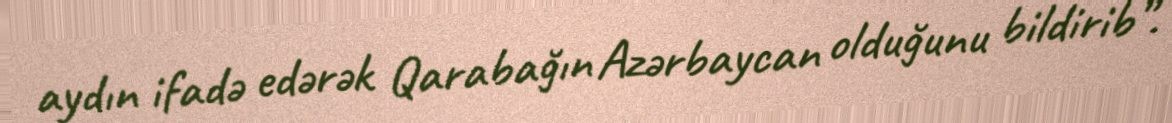
aydın ifadə edərək Qarabağın Azərbaycan olduğunu bildirib”.